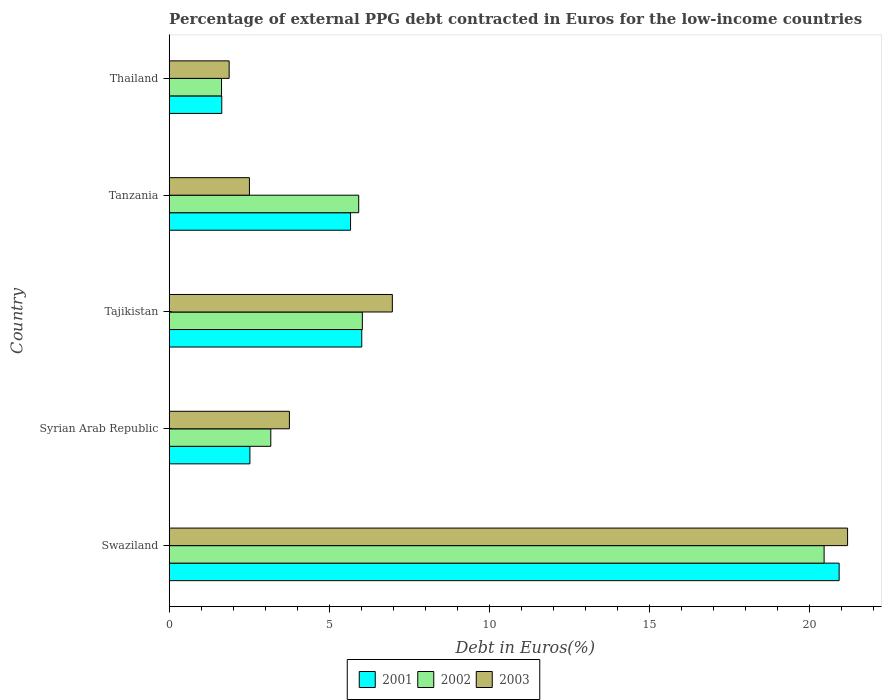
| Country | 2001 | 2002 | 2003 |
 | --- | --- | --- | --- |
 | Swaziland | 20.9 | 20.5 | 21.2 |
 | Syrian Arab Republic | 2.52 | 3.17 | 3.76 |
 | Tajikistan | 6.02 | 6.04 | 6.97 |
 | Tanzania | 5.67 | 5.92 | 2.51 |
 | Thailand | 1.64 | 1.64 | 1.87 |